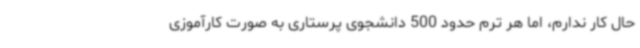
حال کار ندارم، اما هر ترم حدود 500 دانشجوی پرستاری به صورت کارآموزی